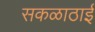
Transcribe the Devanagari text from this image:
सकळाठाई